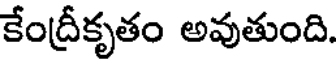
కేంద్రీకృతం అవుతుంది.